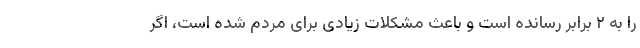
را به ۲ برابر رسانده است و باعث مشکلات زیادی برای مردم شده است، اگر